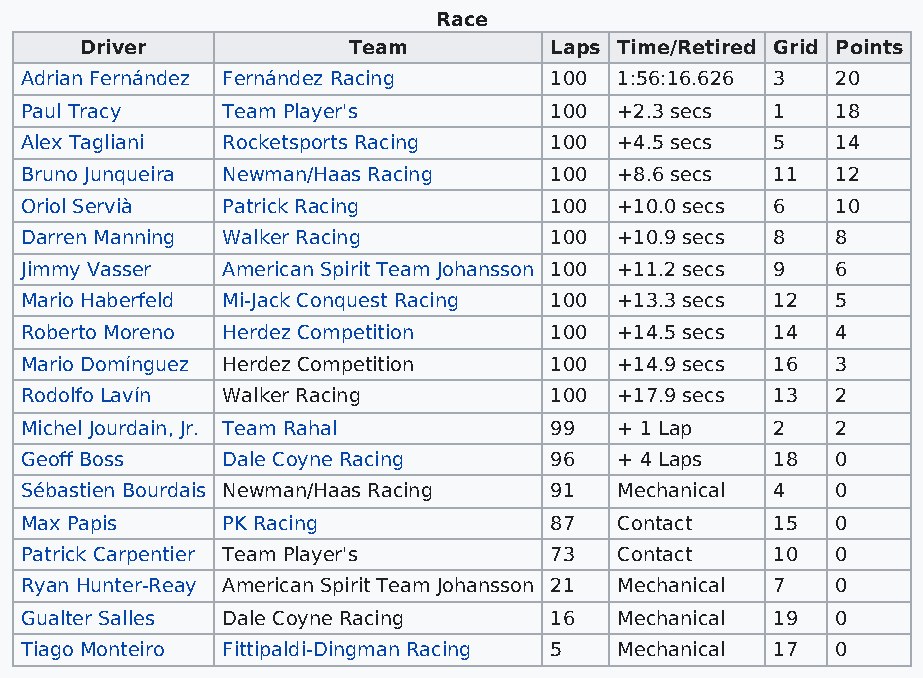
Race
 Driver            Team         Laps Time/Retired Grid Points
 Adrian Fernández Fernández Racing  100  1:56:16.626 3 20
 Paul Tracy    Team Player's        100  +2.3 secs 1   18
 Alex Tagliani Rocketsports Racing  100  +4.5 secs 5   14
 Bruno Junqueira Newman/Haas Racing 100  +8.6 secs 11  12
 Oriol Servià  Patrick Racing       100  +10.0 secs 6  10
 Darren Manning Walker Racing       100  +10.9 secs 8  8
 Jimmy Vasser  American Spirit Team Johansson 100 +11.2 secs 9 6
 Mario Haberfeld Mi-Jack Conquest Racing 100 +13.3 secs 12 5
 Roberto Moreno Herdez Competition  100  +14.5 secs 14 4
 Mario Domínguez Herdez Competition 100  +14.9 secs 16 3
 Rodolfo Lavín Walker Racing        100  +17.9 secs 13 2
 Michel Jourdain, Jr. Team Rahal    99   + 1 Lap   2   2
 Geoff Boss    Dale Coyne Racing    96   + 4 Laps  18  0
 Sébastien Bourdais Newman/Haas Racing 91 Mechanical 4 0
 Max Papis     PK Racing            87   Contact   15  0
 Patrick Carpentier Team Player's   73   Contact   10  0
 Ryan Hunter-Reay American Spirit Team Johansson 21 Mechanical 7 0
 Gualter Salles Dale Coyne Racing   16   Mechanical 19 0
 Tiago Monteiro Fittipaldi-Dingman Racing 5 Mechanical 17 0